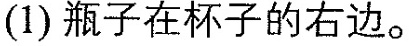
(1)瓶子在杯子的右边。